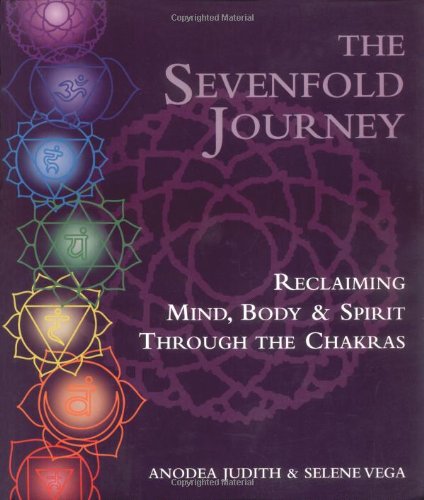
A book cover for The Sevenfold Journey: Reclaiming Mind, Body and Spirit Through the Chakras; Anodea Judith; Religion & Spirituality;